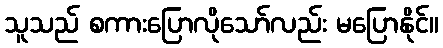
သူသည် စကားပြောလိုသော်လည်း မပြောနိုင်။